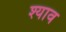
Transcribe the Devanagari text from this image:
श्याव